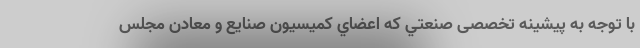
با توجه به پیشینه تخصصی صنعتي كه اعضاي كميسيون صنايع و معادن مجلس